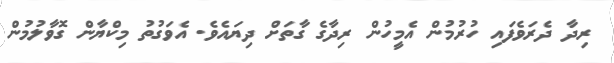
ރިދާ ދެރަވެފައި ހުރުމުން އެމީހުން ރިދާގެ ގާތަށް ދިޔައެވެ. އެވަގުތު މިކްޔާން ގޮވާލުމުން